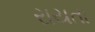
રાયતા